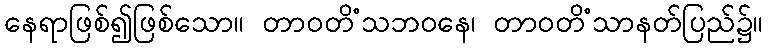
နေရာဖြစ်၍ဖြစ်သော။ တာဝတိံသဘဝနေ၊ တာဝတိံသာနတ်ပြည်၌။